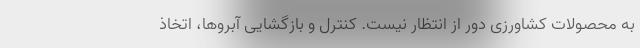
به محصولات کشاورزی دور از انتظار نیست. کنترل و بازگشایی آبروها، اتخاذ